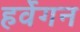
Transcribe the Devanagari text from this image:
हर्वेगन